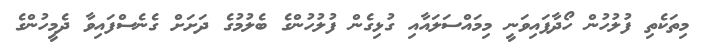
މިތަކެތި ފުލުހުން ހޯދާފައިވަނީ މިމައްސަލައާއި ގުޅިގެން ފުލުހުންގެ ބެލުމުގެ ދަށަށް ގެނެސްފައިވާ ދެމީހުންގެ